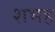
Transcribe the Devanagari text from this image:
शभह